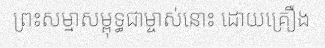
ព្រះសម្មាសម្ពុទ្ធជាម្ចាស់នោះ ដោយគ្រឿង